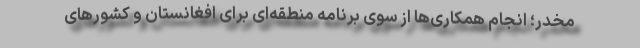
مخدر؛ انجام همکاری‌ها از سوی برنامه منطقه‌ای برای افغانستان و کشورهای